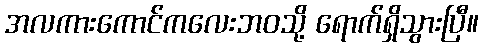
အလကားကောင်ကလေးဘဝသို့ ရောက်ရှိသွားပြီ။